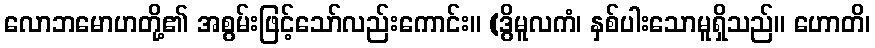
လောဘမောဟတို့၏ အစွမ်းဖြင့်သော်လည်းကောင်း။ (ဒွိမူလကံ၊ နှစ်ပါးသောမူရှိသည်။ ဟောတိ၊